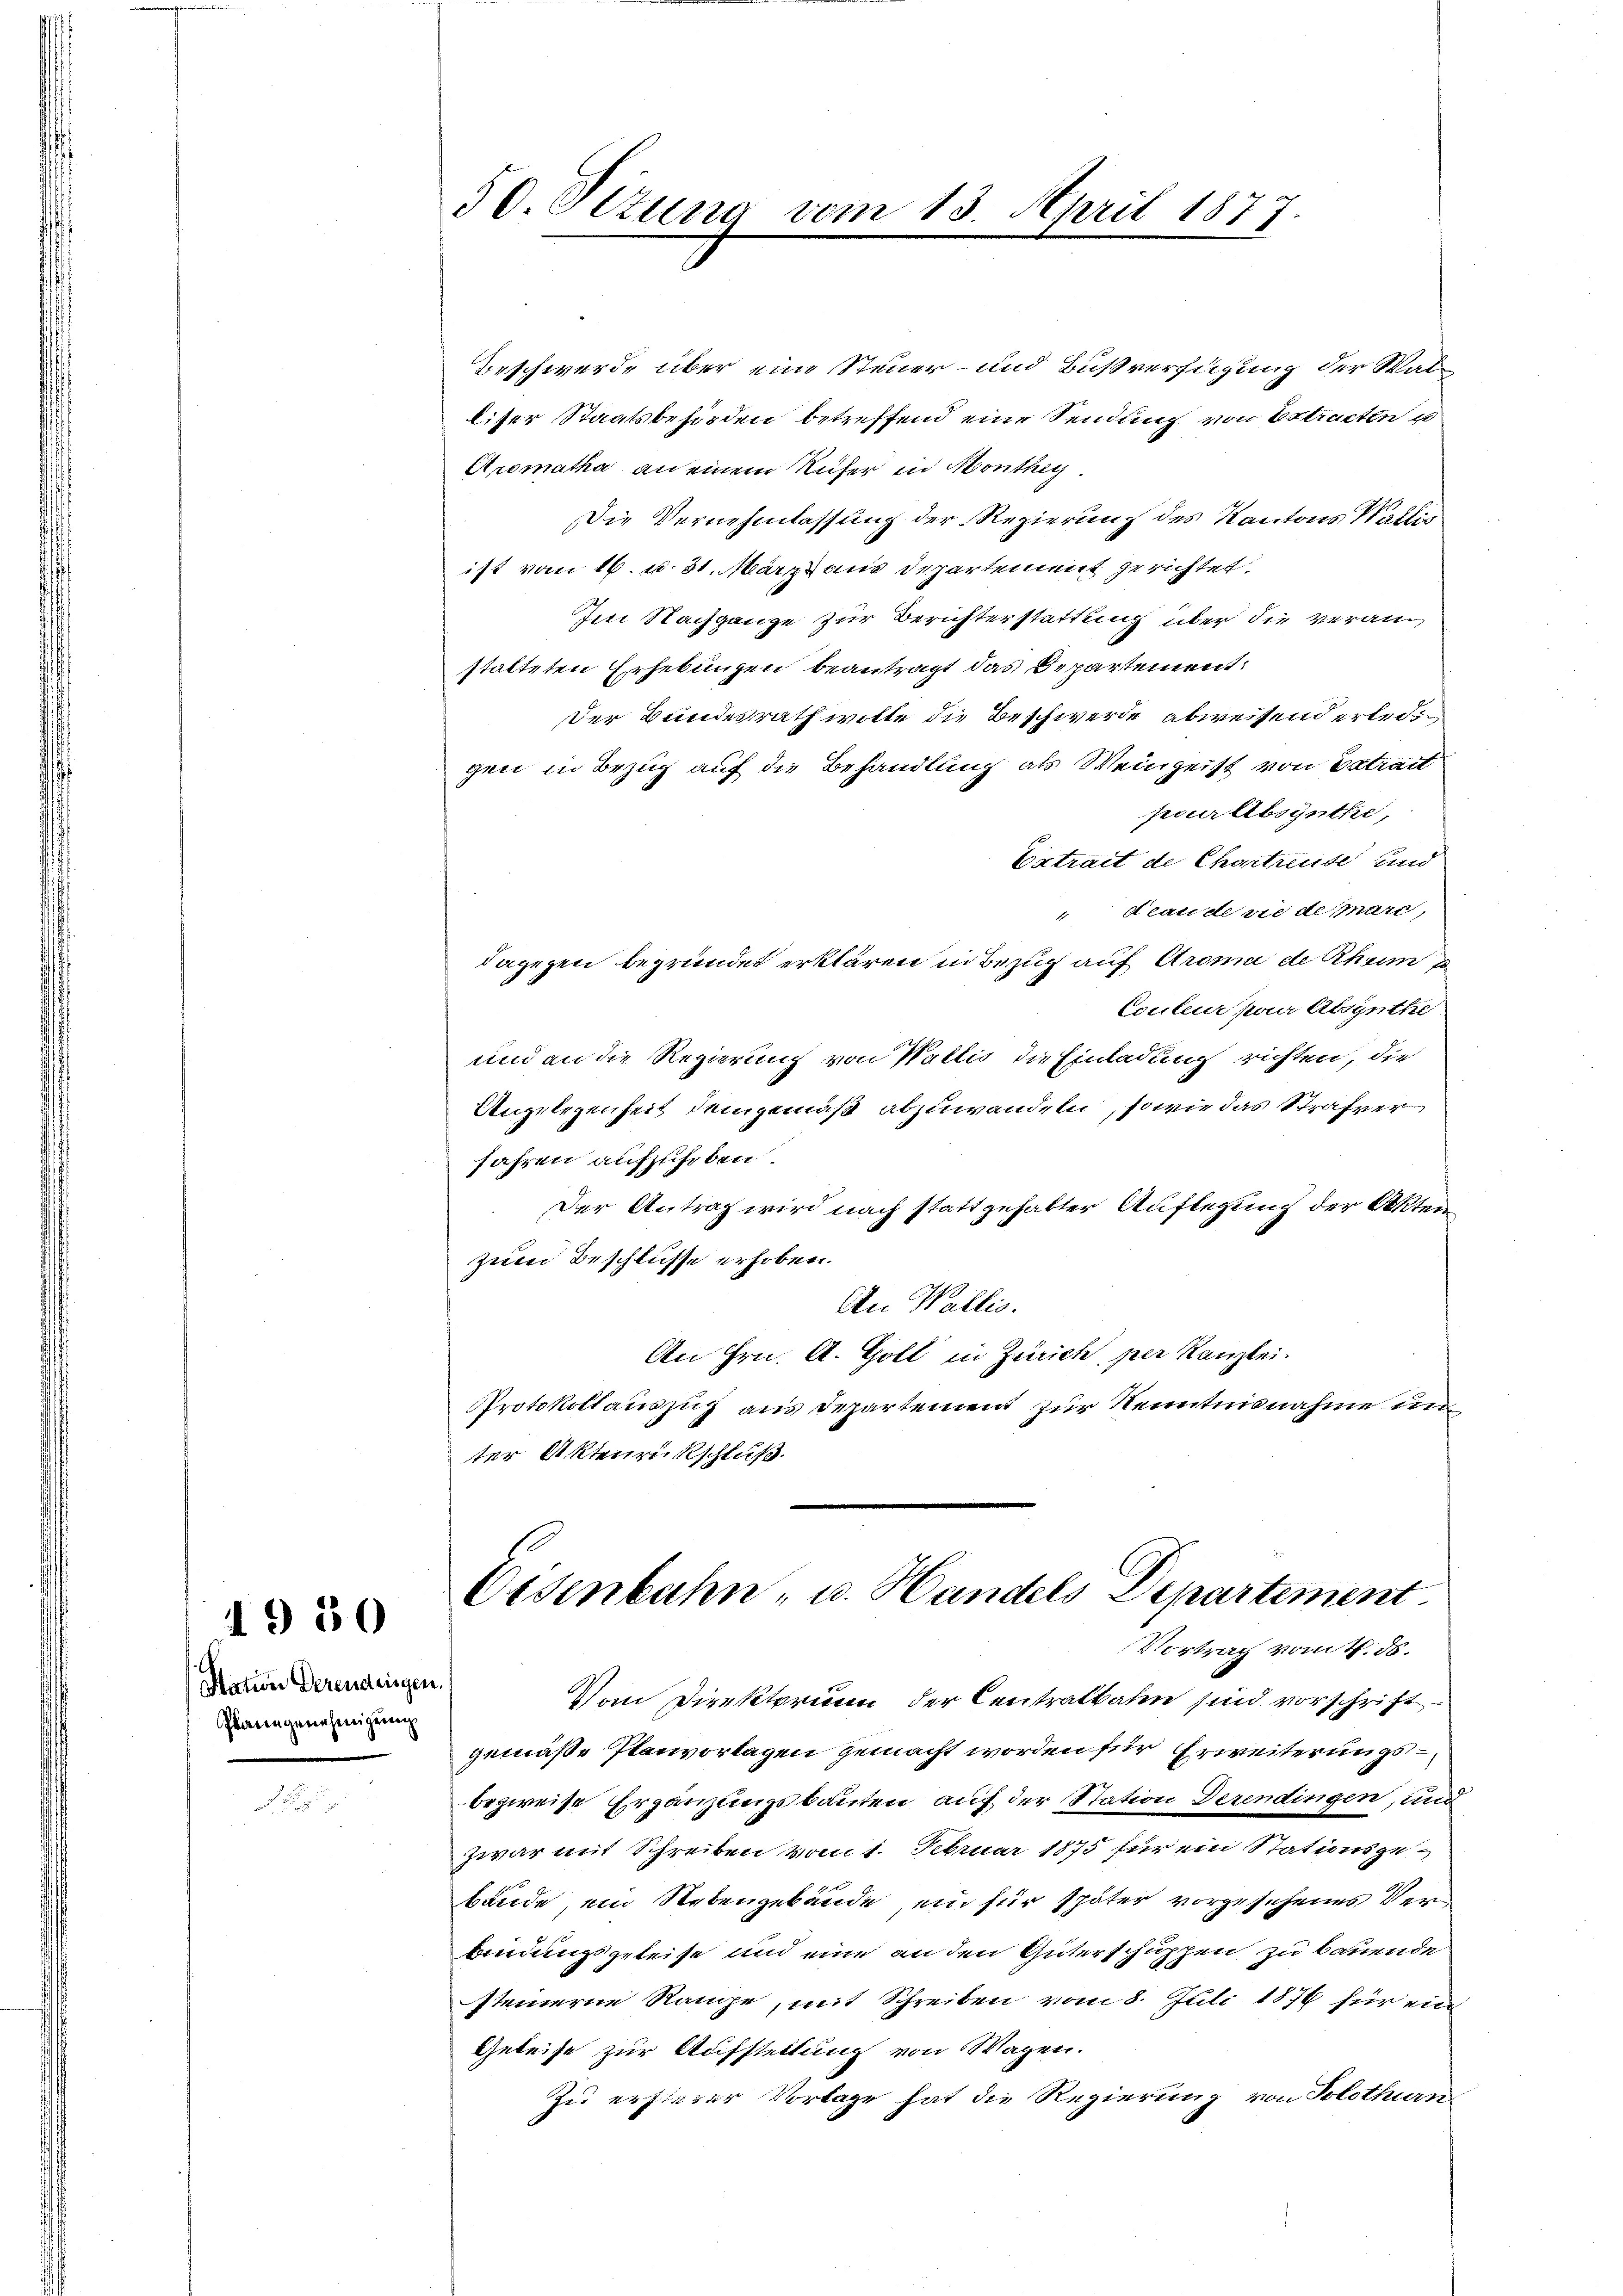
Nation derendeigen,
Planingenehmigung

1950

i

50. Sitzung vom 13. April 1877.

Beschwerde über eine Steuer- und Bußverfügung der Walliser Staatsbehörden betreffend eine Sendung von Extracten u
Aromatha an einem Rufer in Monthey
Die Vernehmlassung der Regierung des Kantons Wallis
ist vom 16. u. 31. März aus Departement gerichtet.
Im Nachgange zur Berichterstattung über die veranstatteten Erhebungen beantragt das Departement:
Der Bundesrath wolle die Beschwerde abweisend erledigen in Bezug auf die Behandlung als Weingeist von Extrait
pcur Absynthe,
Ertrait de Chartreide und
Slauderie de mare,
dagegen begründet erklären in Bezug auf Aroma de Rhein
Couleur pour Absynthe
und an die Regierung von Wallis die Einladung richten, die
Angelegenheit demgemäß abzuwandeln, so wie das Strafver
Jahren aufzuheben.
Der Antrag wird nach stattgehalter Auflegung der Akten
zum Beschlüsse erhoben.
An Wallis.
An Hrn. A. Goll in Zürich per Kanzlei.
Protokollauszug aus Departement zur Kenntnisnahme un
ter Aktenrückschluß.

Ottenbahn- u. Handels Departement
Vortrag vom 1. ds.

Vom Direktorium der Centralbahn sind vorschriftgemäße Itenvortagen gemacht worden für Erweiterungsbezweife Ergänzungsbauten auf der Station derendingen, und
zwar mit Schreiben vom 1. Februar 1875 für ein Stationsgebände, ein Nebengebäude ein für später vorgesehenes Verbindungsgeleise und eine an den Güterschuppen zu bauende
steinerne Range, mit Schreiben vom 8. Juli 1876 für ein
Geleise zur Aufsteilung von Wagen.
Zu ersterer Vorlage hat die Regierung von Solothurn